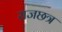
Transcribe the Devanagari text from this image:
राजछत्र